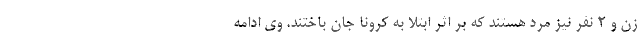
زن و ۲ نفر نیز مرد هستند که بر اثر ابتلا به کرونا جان باختند. وی ادامه